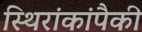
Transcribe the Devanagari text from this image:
स्थिरांकांपैकी